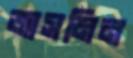
জাসমিন